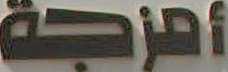
أمزجة